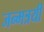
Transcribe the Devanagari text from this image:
जन्मत्रयी